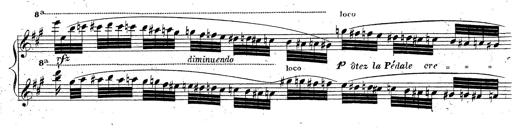
Title: Grande fantaisie sur la tyrolienne de l'opÃ©ra
Composer: Franz Liszt
Key: A major